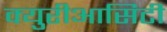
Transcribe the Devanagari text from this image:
क्युरीआसिटी